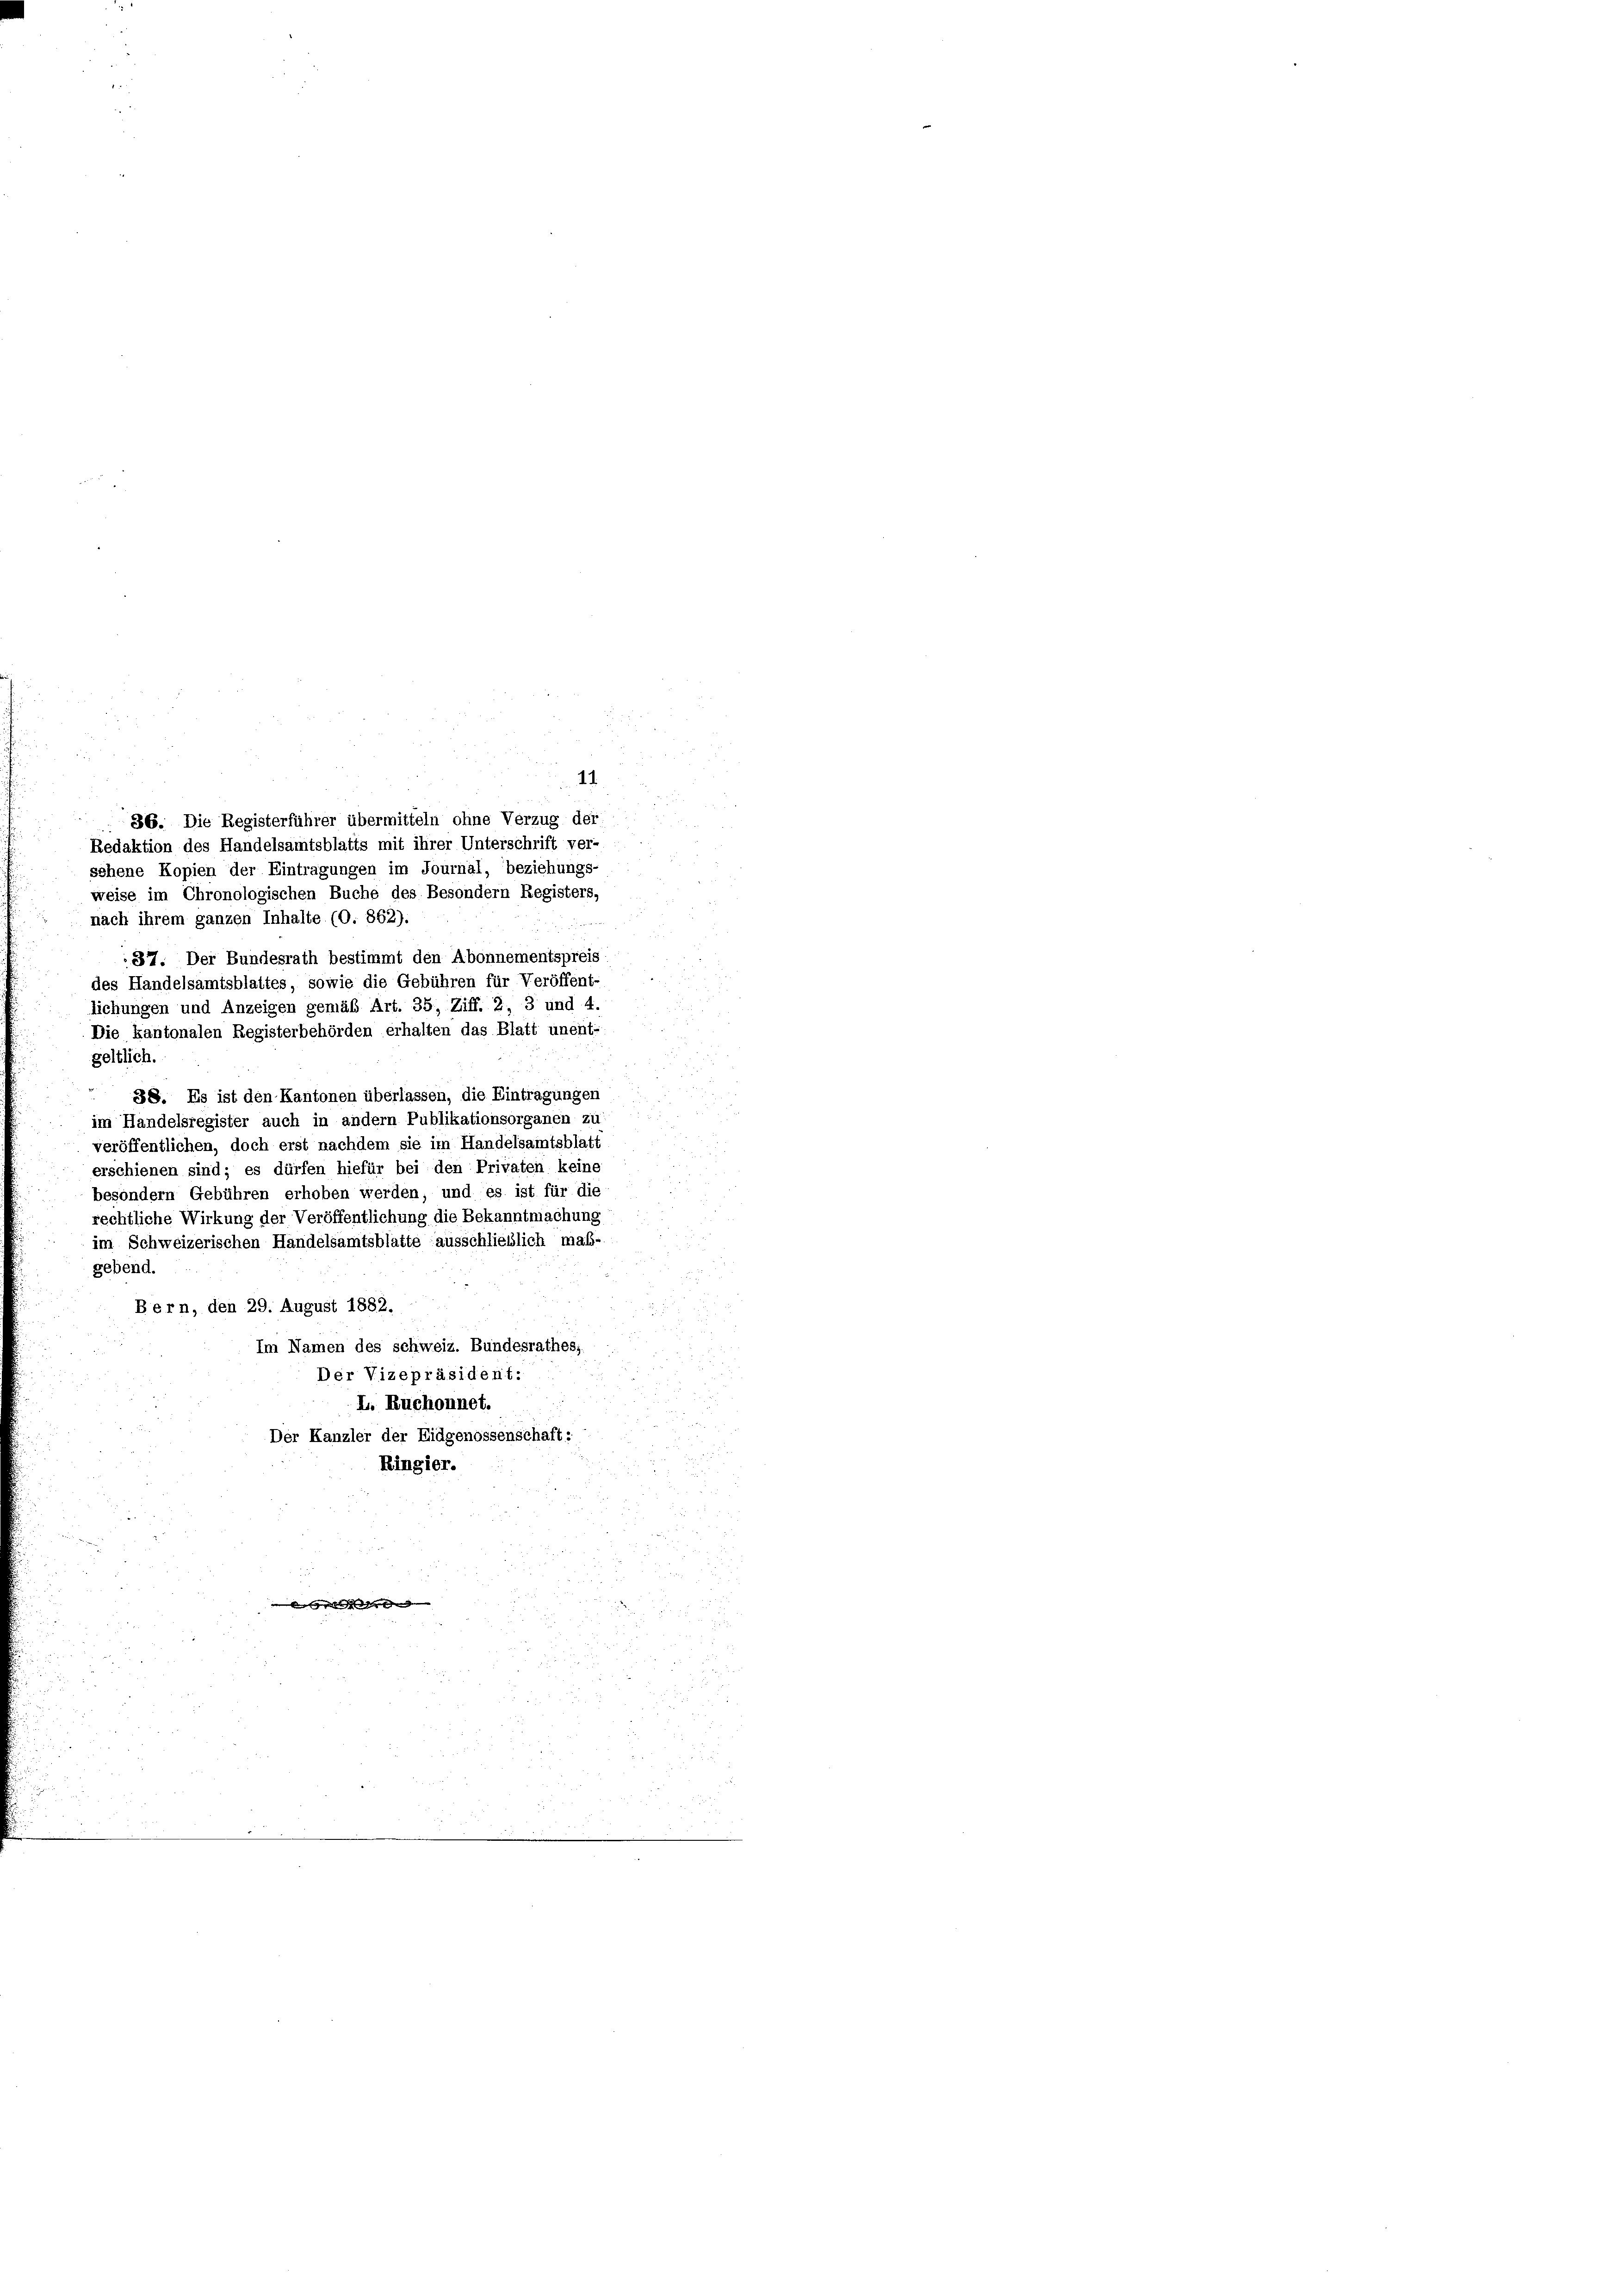
11.
.

36. Die Registerführer übermitteln ohne Verzug der
Redaktion des Handelsamtsblatts mit ihrer Unterschrift ver-
sehene Kopien der Eintragungen im Journal, beziehungs-
weise im Chronologischen Buche des Besondern Registers,
nach ihrem ganzen Inhalte (O. 862)
37. Der Bundesrath bestimmt den Abonnementspreis
des Handelsamtsblattes, sowie die Gebühren für Veröffent-
lichungen und Anzeigen gemäß Art. 35, Ziff. 2, 3 und 4.
Die kantonalen Registerbehörden erhalten das Blatt unent-
geltlich.
38. Es ist den Kantonen überlassen, die Eintragungen
im Handelsregister auch in andern Publikationsorganen zu
veröffentlichen, doch erst nachdem sie im Handelsamtsblatt
erschienen sind; es dürfen hiefür bei den Privaten keine
besondern Gebühren erhoben werden, und es ist für die
rechtliche Wirkung der Veröffentlichung die Bekanntmachung
im Schweizerischen Handelsamtsblatte ausschließlich maß-
gebend.
Bern, den 29. August 1882.
Im Namen des schweiz. Bundesrathes,
Der Vizepräsident:
L. Ruchonnet.
Der Kanzler der Eidgenossenschaft:
Ringier.

u